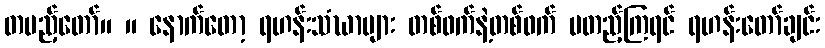
တပည့်တော်။ ။ နောက်တော့ ရဟန်းသံဃာများ တစ်ဖက်နဲ့တစ်ဖက် မတည့်ကြရင် ရဟန်းတော်ချင်း